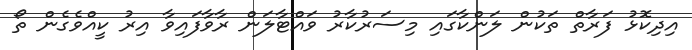
އިދިކޮޅު ފަރާތް ތަކުން ލަންކާގައި މިސަރުކާރު ވައްޓާލަން ރާވާފައިވާ އިރު ކީއްވެގެން ތޯ